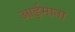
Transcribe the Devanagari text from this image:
आईमाता